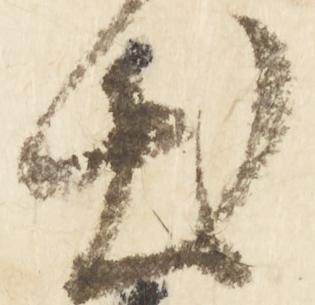
出